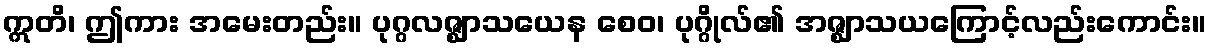
ဣတိ၊ ဤကား အမေးတည်း။ ပုဂ္ဂလဇ္ဈာသယေန စေဝ၊ ပုဂ္ဂိုလ်၏ အဇ္ဈာသယကြောင့်လည်းကောင်း။